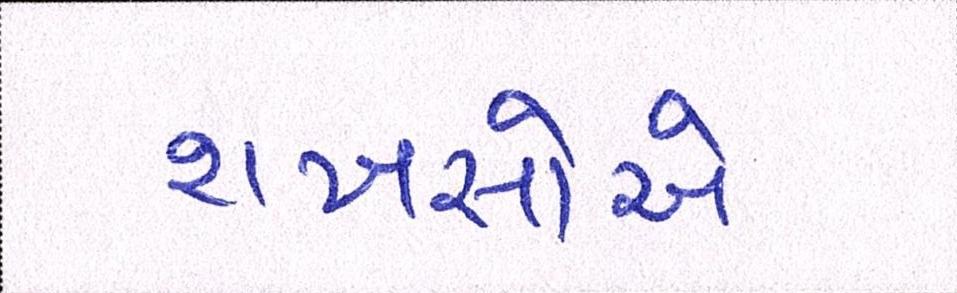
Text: શખસોએ